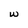
Character: W